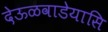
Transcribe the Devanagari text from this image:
देऊळवाडेयासि